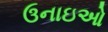
ઉનાઇઓ